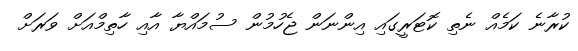
ކުރާނެ ކަމެއް ނެތި ކޮޓަރީގައި އިންނަން ޖެހުމުން ސުމައްޔާ އާއި ހާތިމްއަށް ވަރަށް